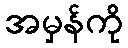
အမှန်ကို